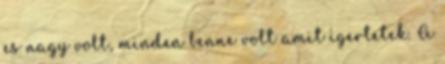
es nagy volt, minden benne volt amit ígertetek. A